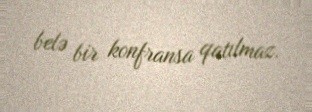
belə bir konfransa qatılmaz.